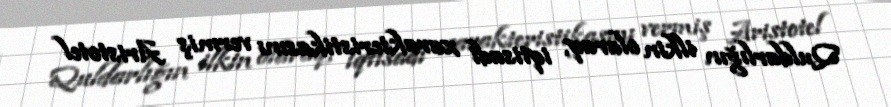
Quldarlığın ilkin olaraq, iqtisadi xarakteristikasını vermiş Aristotel